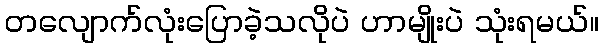
တလျောက်လုံးပြောခဲ့သလိုပဲ ဟာမျိုးပဲ သုံးရမယ်။